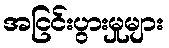
အငြင်းပွားမှုများ